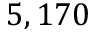
5 , 1 7 0